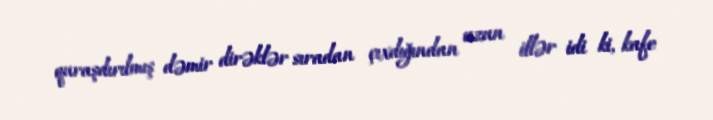
quraşdırılmış dəmir dirəklər sıradan çıxdığından uzun illər idi ki, kafe